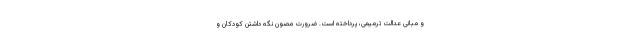
و مبانی عدالت ترمیمی، پرداخته است. ضرورت مصون نگه داشتن کودکان و